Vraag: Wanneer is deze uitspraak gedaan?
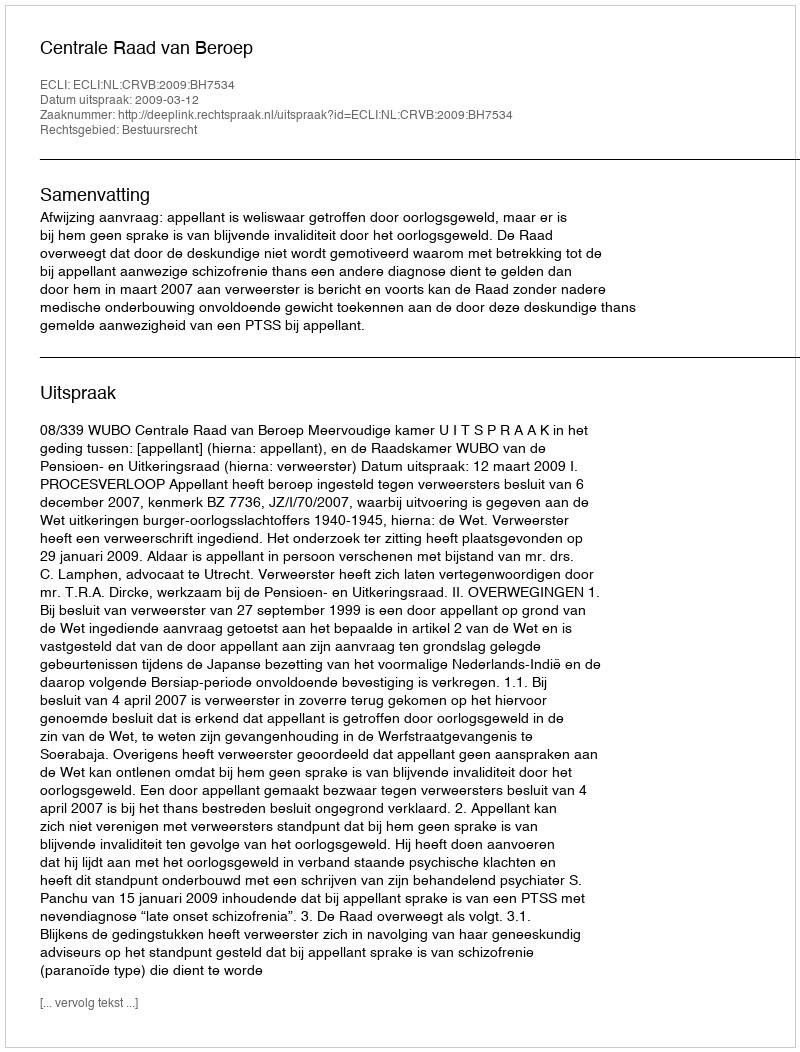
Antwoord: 2009-03-12